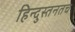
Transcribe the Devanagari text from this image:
हिन्दुस्तनतच